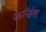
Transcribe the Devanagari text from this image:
पक्षनिष्ठेला